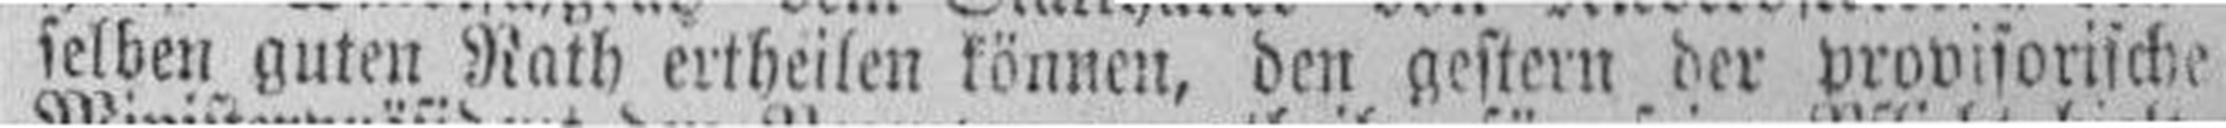
selben guten Rath ertheilen können, den gestern der provisorische